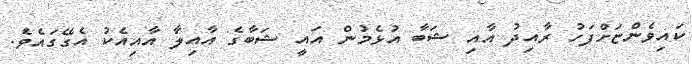
ކައިވެންޏަށްފަހު ރާއިދު އާއި ޝަބާ އުޅެމުން އައީ ޝަބާގެ އާއިލާ އާއިއެކު އެގޭގައެވެ.